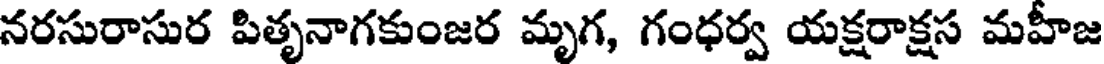
నరసురాసుర పితృనాగకుంజర మృగ, గంధర్వ యక్షరాక్షస మహీజ